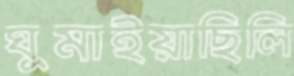
ঘুমাইয়াছিলি